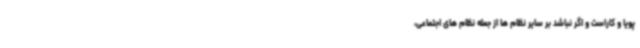
پویا و کاراست و اگر نباشد بر سایر نظام ها از جمله نظام های اجتماعی،